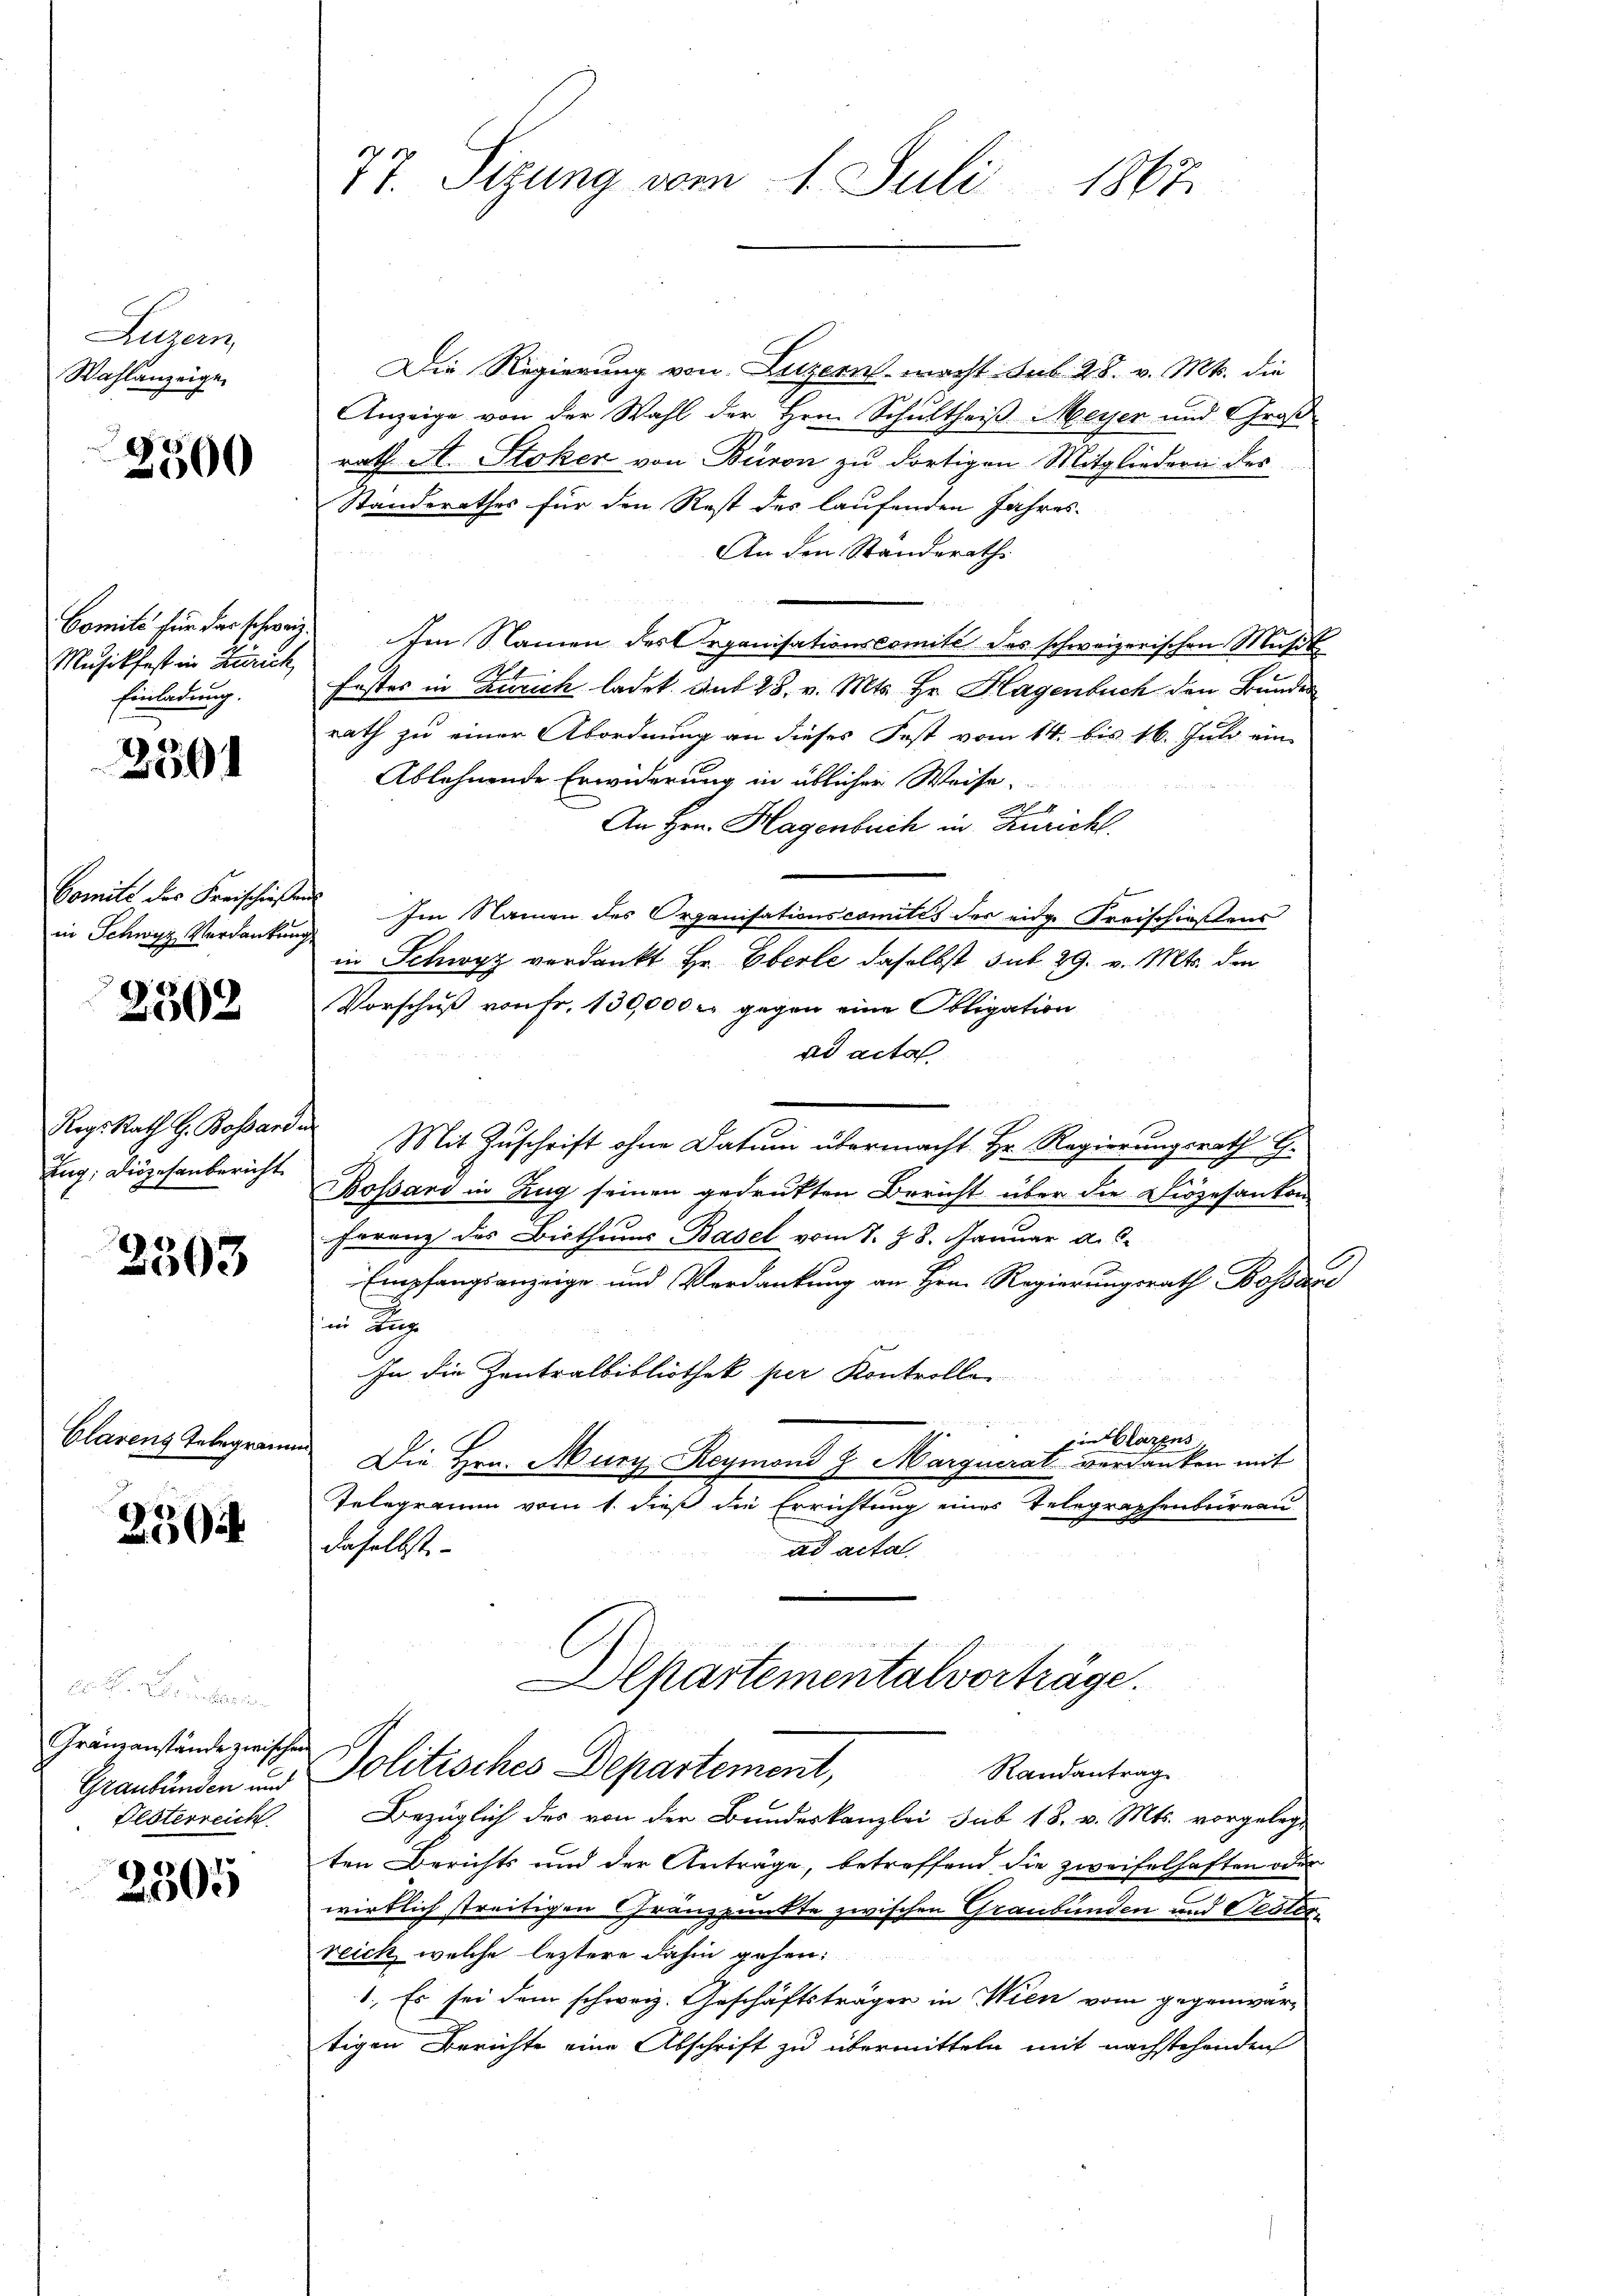
Luzern,
Wahlanzeige

2300

Comite für das schweiz.
Musikfest in Zürich
Einladung.

3501

Comite des Freischießens

2362

Rogs Rath G. Bossare
Zug; Diözesanbericht

2303

Clarens Telegram

250

d. Sie heute in
Gränzanstände zwischen
Graubünden und
Flöterreich

2305

Die Regierung von Luzern, macht sub 28. v. Mts. die
Anzeige von der Wahl der Hrn. Schultheiß Meyer und Groß-
rath A. Stoker von Büron zu dortigen Mitgliedern des
Standerathes für den Rest des laufenden Jahres-
An den Standerath
Im Namen des Organisationscomité des schweizerischen Musik
Faster in Zürich ladet. Mit 28. v. Mts. Hr. Hagenbuch den Bundes
rath zu einer Abordnung an dieses Fest vom 14. bis 16. Juli ein
Ablehnende Erwiderung in üblicher Weise.
A
An Hrn. Hagenbruch in Züricht.
in Schwyz Verdankung Im Namen des Organisationscomités der eidge Freischießens
in Schwyz verdankt Hr. Eberle daselbst sub 29. v. Mts. den
Vorschuß von Fr. 139,000 r. gegen eine Obligation
ad acta
Mit Zuschrift ohne Datum übermacht Hr. Regierungsrath G.
.
Bossard in Zug seinen gedrukten Bericht über die Diözesanton
Frranz des Bisthums Basel vom 7. 28. Januar a. c.
Empfangsanzeige und Verdankung an Hrn. Regierungsrath Bossar
in Be
In die Zentralbibliothek per Kontrolle
Ein Glarus,
 Die Hrn. Muri Reymond H. Marquerat verdanken mit
Telegramm vom 1. dieß die Errichtung eines Telegraphenbureau
daselbst.
ad acta.
Departementalverträge.
Politisches Departement,
Randantrag
Bezüglich des von der Bundeskanzlei sub 18. v. Mts. vorgelegt
ten Berichts und der Anträge, betreffend die zweifelhaften oder
wirklich streitigen Gränzpunkte zwischen Graubünden und Testorreich welche leztere dahin gehen:
1. Es sei dem schweiz. Geschäftsträger in Wien vom gegenwär-
tigen Berichte eine Abschrift zu übermitteln mit nachstehenden

77. Sizung vom 1. Juli 1867.